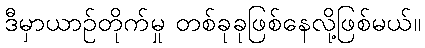
ဒီမှာယာဉ်တိုက်မှု တစ်ခုခုဖြစ်နေလို့ဖြစ်မယ်။